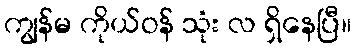
ကျွန်မ ကိုယ်ဝန် သုံး လ ရှိနေပြီ။